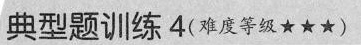
典型题训练4(难度等级★★★)